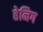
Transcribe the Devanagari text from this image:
हेनिग